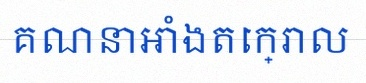
គណនាអាំងតេក្រាល